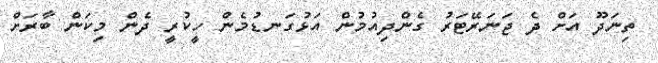
ތިނަދޫ އަށް ދެ ޖަނަރޭޓަރު ގެންދިއުމުން އަޅުގަނޑުމެން ހީކުރީ ދެން މިކަން ބާރަށް